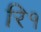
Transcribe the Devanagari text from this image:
रि१